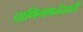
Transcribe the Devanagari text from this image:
प्राणिगणनेसाठी